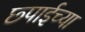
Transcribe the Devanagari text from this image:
छ्पाईच्या